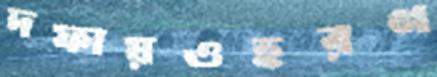
দফায়ওহরণ